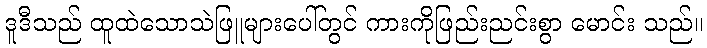
ဒူဒီသည် ထူထဲသောသဲဖြူများပေါ်တွင် ကားကိုဖြည်းညင်းစွာ မောင်း သည်။